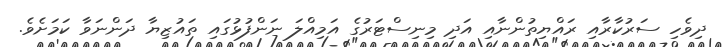
ދިވެހި ސަރުކާރާއި ރައްޔިތުންނާއި އަދި މިނިސްޓަރުގެ އަމިއްލަ ނަންފުޅުގައި ތައުޒިޔާ ދަންނަވާ ކަމަށެވެ.